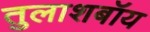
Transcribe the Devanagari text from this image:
तुलाशबॉय